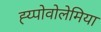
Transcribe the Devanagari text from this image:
ह्य्पोवोलेमिया